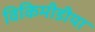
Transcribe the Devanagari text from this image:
विकिमीडीया